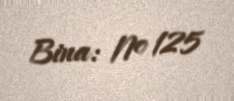
Bina: № 125